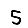
Digit: 5